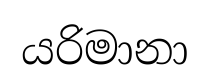
යරිමානා